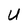
Character: U